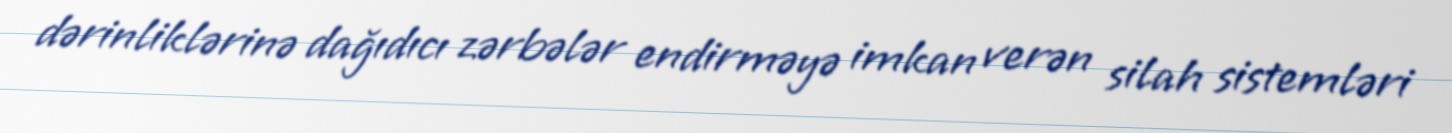
dərinliklərinə dağıdıcı zərbələr endirməyə imkan verən silah sistemləri